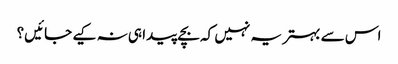
اس سے بہتر یہ نہیں کہ بچے پیدا ہی نہ کیے جائیں؟